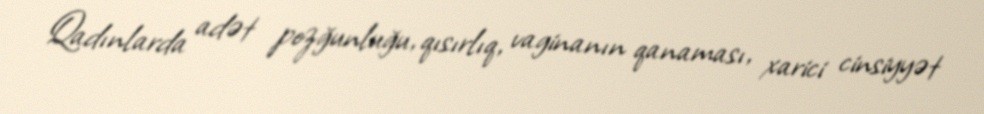
Qadınlarda adət pozğunluğu, qısırlıq, vaginanın qanaması, xarici cinsiyyət